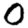
Digit: 0